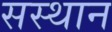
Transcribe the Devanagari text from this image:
सस्थान